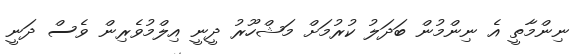
ނިންމާތީ އެ ނިންމުން ބަދަލު ކުރުމަށް މަޝްހޫރު ދީނީ އިލްމުވެރިން ވެސް ދަނީ